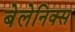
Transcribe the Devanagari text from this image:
बेलेनिक्स